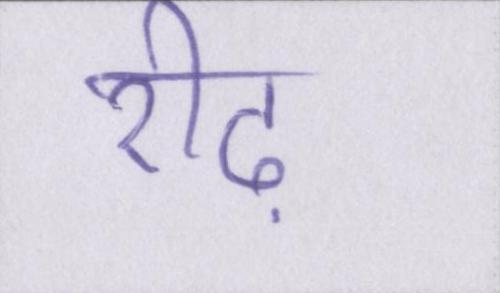
रीढ़